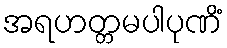
အရဟတ္တမပါပုဏိံ